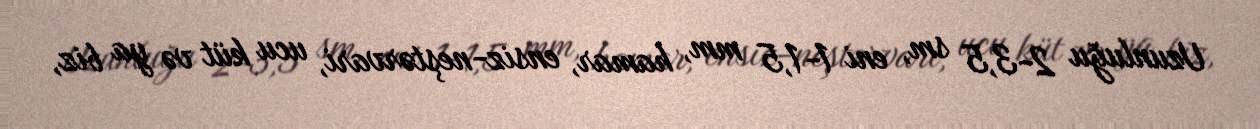
Uzunluğu 2-3,5 sm, eni 1-1,5 mm, hamar, ensiz-neştərvari, ucu küt və ya biz,